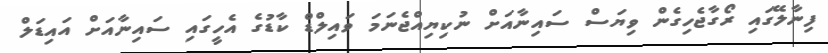
ފިނާލޭގައި ރޯގާޖެހިގެން ވިޔަސް ސައިނާއަށް ނުކިޔިއްޖެނަމަ ވައިލްޑް ކާޑުގެ އެހީގައި ސައިނާއަށް އައިޑަލް